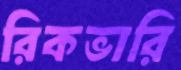
রিকভারি